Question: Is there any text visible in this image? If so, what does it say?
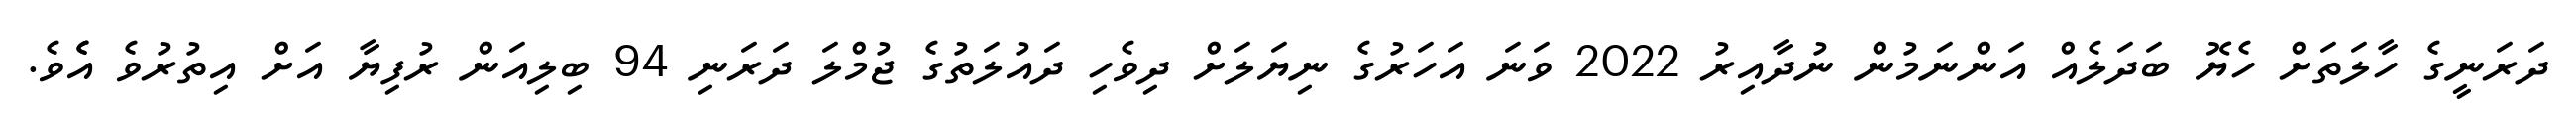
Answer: ދަރަނީގެ ހާލަތަށް ހެޔޮ ބަދަލެއް އަންނަމުން ނުދާއިރު 2022 ވަނަ އަހަރުގެ ނިޔަލަށް ދިވެހި ދައުލަތުގެ ޖުމްލަ ދަރަނި 94 ބިލިއަން ރުފިޔާ އަށް އިތުރުވެ އެެވެ.